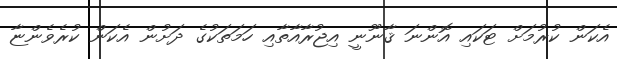
އެކަން ކުރުމަށް ޓަކައި އޮންނަ ޤާނޫނީ އިޖުރާއާތާއި ހަމަތަކުގެ ދަށުން އެކަން ކުރެވެންޏާ